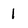
Character: 1